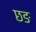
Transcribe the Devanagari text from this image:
छङ